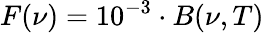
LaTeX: F(\nu)=10^{-3}\cdot B(\nu,T)